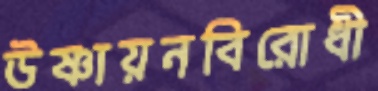
উষ্ণায়নবিরোধী